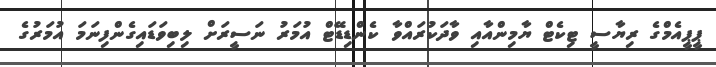
ޕީޕީއެމްގެ ރިޔާސީ ޓިކެޓް ޔާމިންއާއި ވާދަކުރައްވާ ކެންޑިޑޭޓް އުމަރު ނަސީރަށް ލިބިވަޑައިގެންފިނަމަ އުމަރުގެ